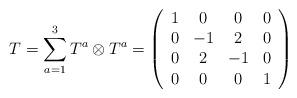
LaTeX: \begin{align*}T=\sum_{a=1}^{3} T^a \otimes T^a =\left ( \begin{array}{cccc} 1 & 0 & 0 & 0 \\ 0 & -1 & 2 & 0 \\ 0 & 2 & -1 & 0 \\ 0 & 0 & 0 & 1 \end{array}\right)\end{align*}